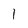
Character: 1